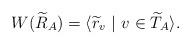
LaTeX: \begin{align*}W(\widetilde{R}_A)=\langle \widetilde{r}_v~\vert~v\in\widetilde{T}_{A}\rangle.\end{align*}